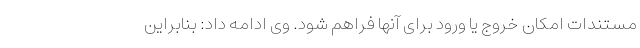
مستندات امکان خروج یا ورود برای آنها فراهم شود. وی ادامه داد: بنابراین